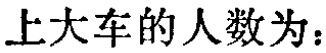
上大车的人数为：